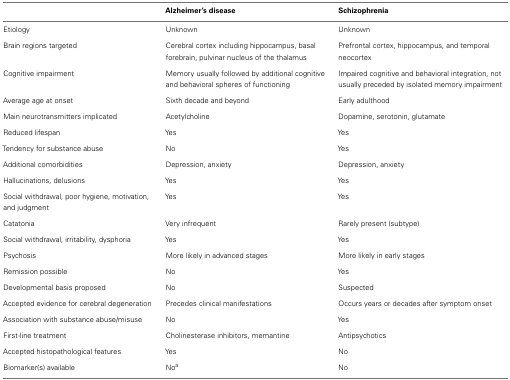
<table><thead><tr><td></td><td><b>Alzheimer’s disease</b></td><td><b>Schizophrenia</b></td></tr></thead><tbody><tr><td>Etiology</td><td>Unknown</td><td>Unknown</td></tr><tr><td>Brain regions targeted</td><td>Cerebral cortex including hippocampus, basal forebrain, pulvinar nucleus of the thalamus</td><td>Prefrontal cortex, hippocampus, and temporal neocortex</td></tr><tr><td>Cognitive impairment</td><td>Memory usually followed by additional cognitive and behavioral spheres of functioning</td><td>Impaired cognitive and behavioral integration, not usually preceded by isolated memory impairment</td></tr><tr><td>Average age at onset</td><td>Sixth decade and beyond</td><td>Early adulthood</td></tr><tr><td>Main neurotransmitters implicated</td><td>Acetylcholine</td><td>Dopamine, serotonin, glutamate</td></tr><tr><td>Reduced lifespan</td><td>Yes</td><td>Yes</td></tr><tr><td>Tendency for substance abuse</td><td>No</td><td>Yes</td></tr><tr><td>Additional comorbidities</td><td>Depression, anxiety</td><td>Depression, anxiety</td></tr><tr><td>Hallucinations, delusions</td><td>Yes</td><td>Yes</td></tr><tr><td>Social withdrawal, poor hygiene, motivation, and judgment</td><td>Yes</td><td>Yes</td></tr><tr><td>Catatonia</td><td>Very infrequent</td><td>Rarely present (subtype)</td></tr><tr><td>Social withdrawal, irritability, dysphoria</td><td>Yes</td><td>Yes</td></tr><tr><td>Psychosis</td><td>More likely in advanced stages</td><td>More likely in early stages</td></tr><tr><td>Remission possible</td><td>No</td><td>Yes</td></tr><tr><td>Developmental basis proposed</td><td>No</td><td>Suspected</td></tr><tr><td>Accepted evidence for cerebral degeneration</td><td>Precedes clinical manifestations</td><td>Occurs years or decades after symptom onset</td></tr><tr><td>Association with substance abuse/misuse</td><td>No</td><td>Yes</td></tr><tr><td>First-line treatment</td><td>Cholinesterase inhibitors, memantine</td><td>Antipsychotics</td></tr><tr><td>Accepted histopathological features</td><td>Yes</td><td>No</td></tr><tr><td>Biomarker(s) available</td><td>No<sup>a</sup></td><td>No</td></tr></tbody></table>